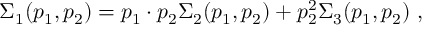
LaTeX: \Sigma _ { 1 } ( p _ { 1 } , p _ { 2 } ) = p _ { 1 } \cdot p _ { 2 } \Sigma _ { 2 } ( p _ { 1 } , p _ { 2 } ) + p _ { 2 } ^ { 2 } \Sigma _ { 3 } ( p _ { 1 } , p _ { 2 } ) \ ,